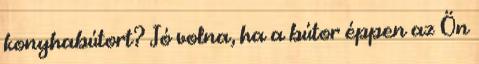
konyhabútort? Jó volna, ha a bútor éppen az Ön